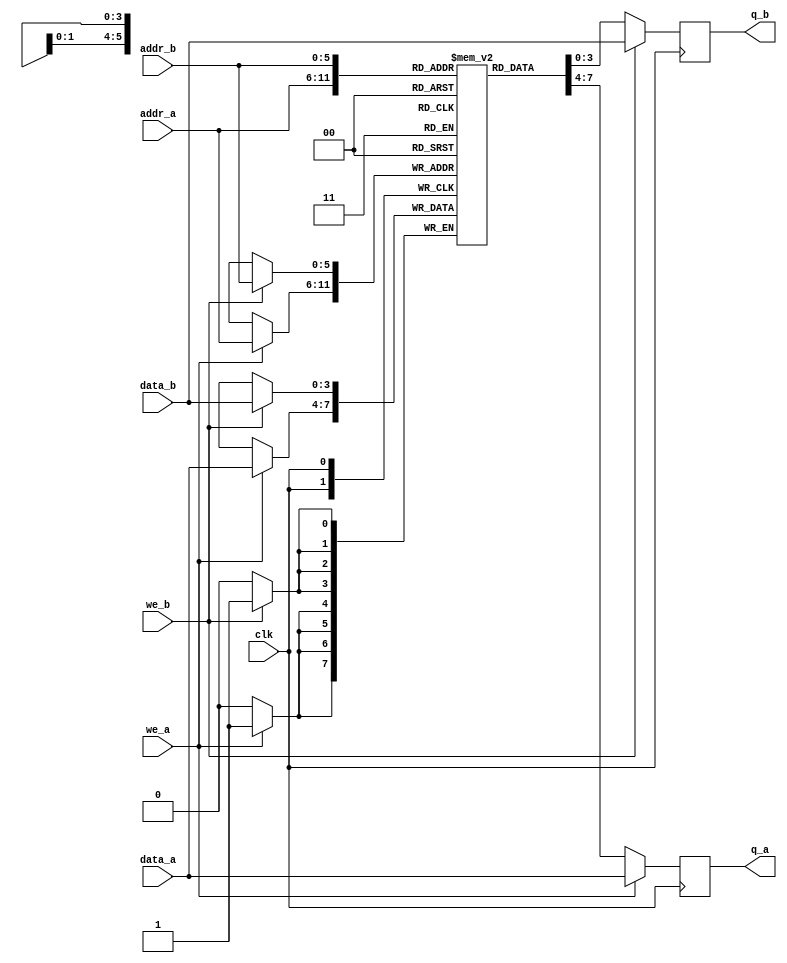
// Quartus Prime Verilog Template
// True Dual Port RAM with single clock

module rx_data_ram
#(parameter DATA_WIDTH=4, parameter ADDR_WIDTH=6)
(
   input [(DATA_WIDTH-1):0] data_a, data_b,
   input [(ADDR_WIDTH-1):0] addr_a, addr_b,
   input we_a, we_b, clk,
   output reg [(DATA_WIDTH-1):0] q_a, q_b
);

   // Declare the RAM variable
   reg [DATA_WIDTH-1:0] ram[2**ADDR_WIDTH-1:0];

   // Port A 
   always @ (posedge clk)
   begin
      if (we_a) 
      begin
         ram[addr_a] <= data_a;
         q_a <= data_a;
      end
      else 
      begin
         q_a <= ram[addr_a];
      end 
   end 

   // Port B 
   always @ (posedge clk)
   begin
      if (we_b) 
      begin
         ram[addr_b] <= data_b;
         q_b <= data_b;
      end
      else 
      begin
         q_b <= ram[addr_b];
      end 
   end

endmodule